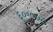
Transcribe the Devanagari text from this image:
६०॰०००